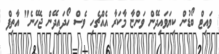
ވައިޓް ބޯޑުން ކިޔަވައިދޭން ވަންޏާ މާކަރާ އެއްޗެހި ވެސް ހޯދައިދޭން ޖެހޭނެ" އާތިފް